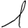
Digit: 1